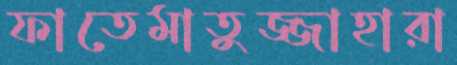
ফাতেমাতুজ্জাহারা